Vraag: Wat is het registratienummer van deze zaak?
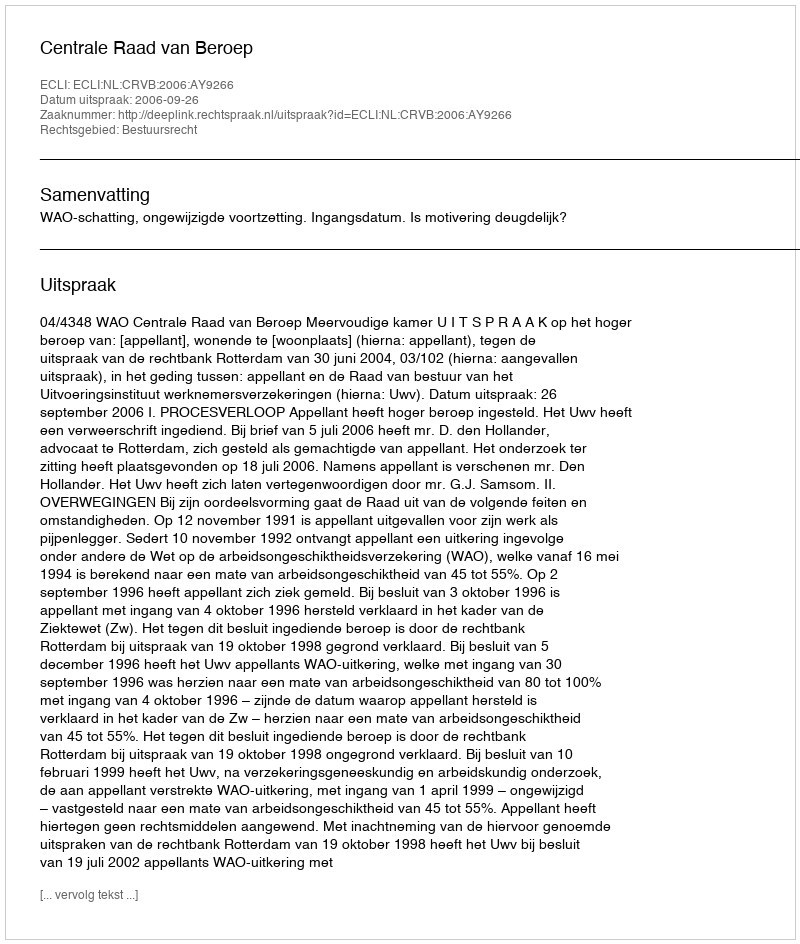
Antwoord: http://deeplink.rechtspraak.nl/uitspraak?id=ECLI:NL:CRVB:2006:AY9266